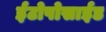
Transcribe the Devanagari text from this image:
ईटोपोसाईड